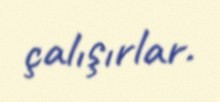
çalışırlar.